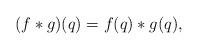
LaTeX: \begin{align*}(f \ast g)(q) = f(q) \ast g(q),\end{align*}